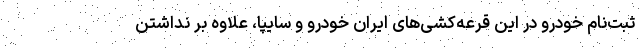
ثبت‌نام خودرو در این قرعه‌کشی‌های ایران خودرو و سایپا، علاوه بر نداشتن